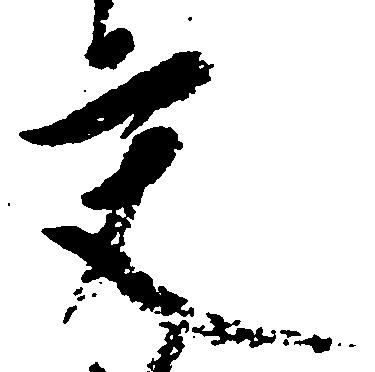
交